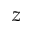
z